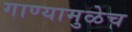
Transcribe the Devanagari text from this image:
गाण्यामुळेच